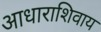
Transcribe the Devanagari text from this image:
आधाराशिवाय